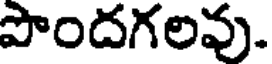
పొందగలవు.